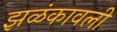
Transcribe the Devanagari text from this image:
झळंकावली